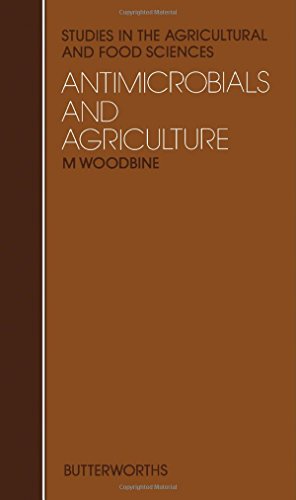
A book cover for Antimicrobials and Agriculture (Studies in the agricultural & food sciences); Malcolm Woodbine; Medical Books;